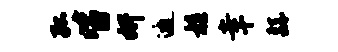
孤皆妍邀髓幸繇